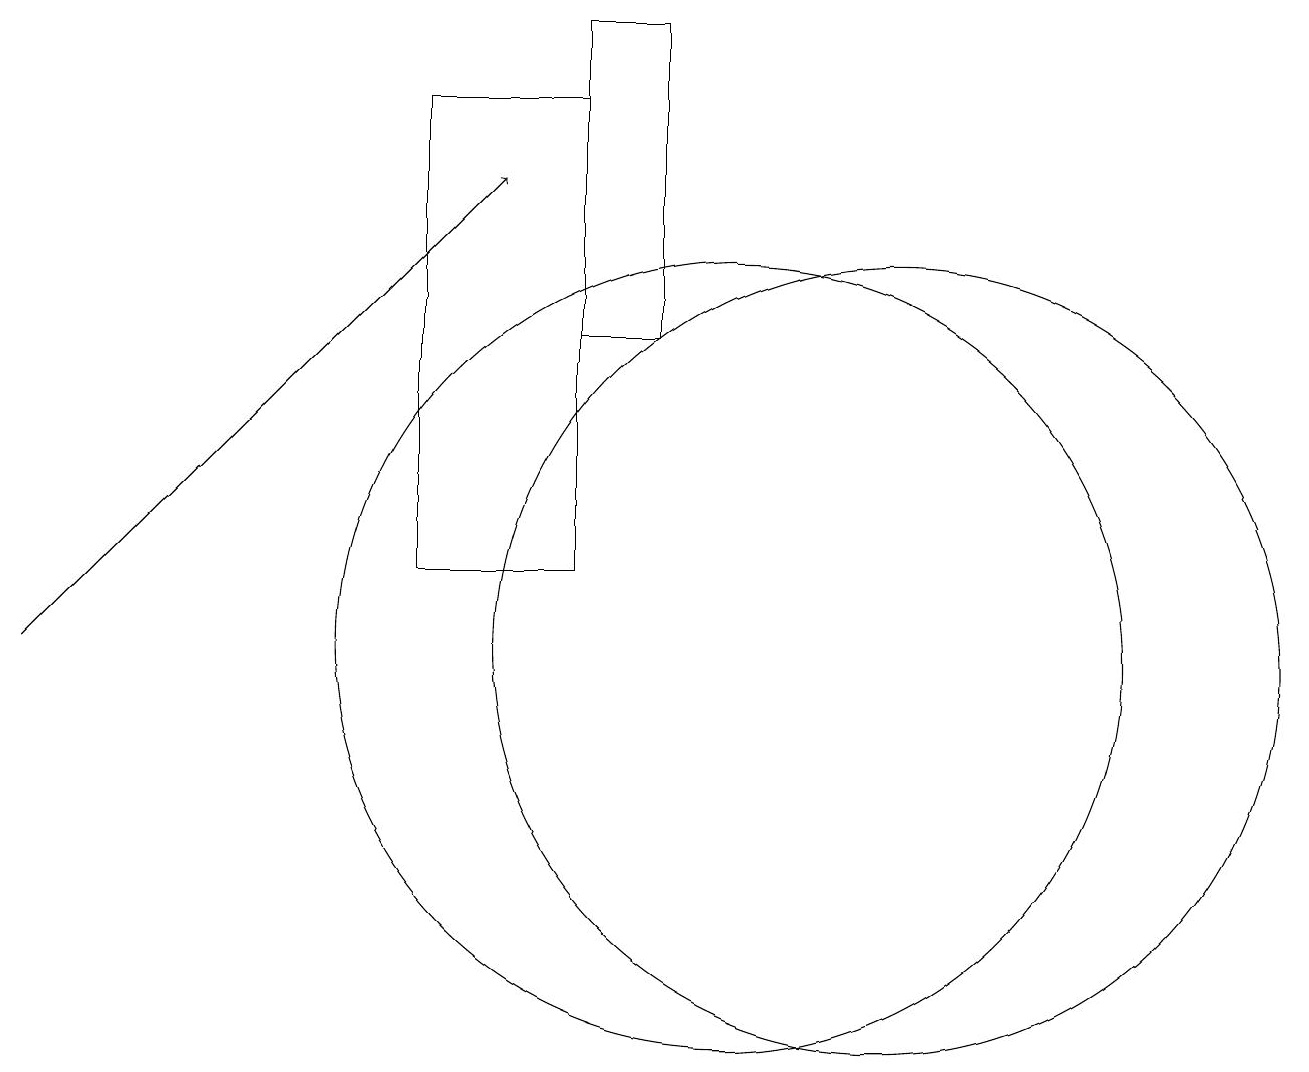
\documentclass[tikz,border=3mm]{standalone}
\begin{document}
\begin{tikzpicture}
\draw (10,11) circle (5);
\draw (12,11) circle (5);
\draw[->] (1,11) -- (7,17);
\draw (8,18) rectangle (6,12);
\draw (8,15) rectangle (9,19);
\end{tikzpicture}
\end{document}